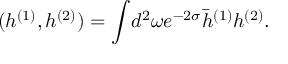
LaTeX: ( h ^ { ( 1 ) } , h ^ { ( 2 ) } ) = \int \! d ^ { 2 } \omega e ^ { - 2 \sigma } \bar { h } ^ { ( 1 ) } h ^ { ( 2 ) } .